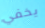
يخفي